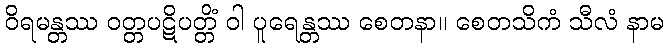
ဝိရမန္တဿ ဝတ္တပဋိပတ္တိံ ဝါ ပူရေန္တဿ စေတနာ။ စေတသိကံ သီလံ နာမ